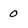
Character: 0